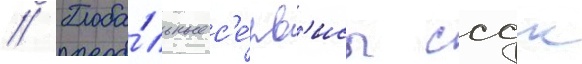
// Глоба́льные с'е́рв'исы ссдк